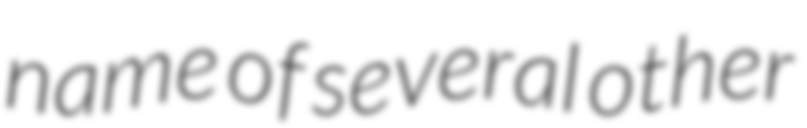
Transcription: name of several other